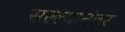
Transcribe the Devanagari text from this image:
सल्ल्यानंतर